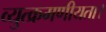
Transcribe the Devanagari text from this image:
व्युत्क्रमणीयता।